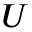
U